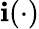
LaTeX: \mathbf{i}(\cdot)